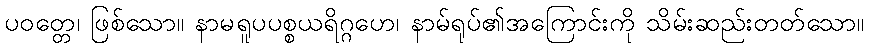
ပဝတ္တေ၊ ဖြစ်သော။ နာမရူပပစ္စယရိဂ္ဂဟေ၊ နာမ်ရုပ်၏အကြောင်းကို သိမ်းဆည်းတတ်သော။